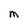
Character: m